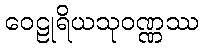
ဝေဠုရိယသုဝဏ္ဏဿ